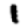
Digit: 1